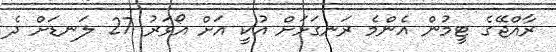
ރާއްޖޭގެ ޓީމުން އެންމެ ރަނގަޅަށް އުކީ އަށް އޯވަރު 27 ލަނޑަށް ދެ